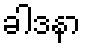
ခါဒနာ